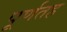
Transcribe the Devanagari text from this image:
पूर्णतह